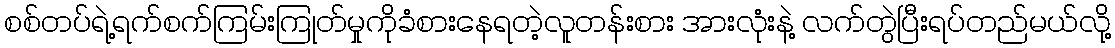
စစ်တပ်ရဲ့ရက်စက်ကြမ်းကြုတ်မှုကိုခံစားနေရတဲ့လူတန်းစား အားလုံးနဲ့ လက်တွဲပြီးရပ်တည်မယ်လို့